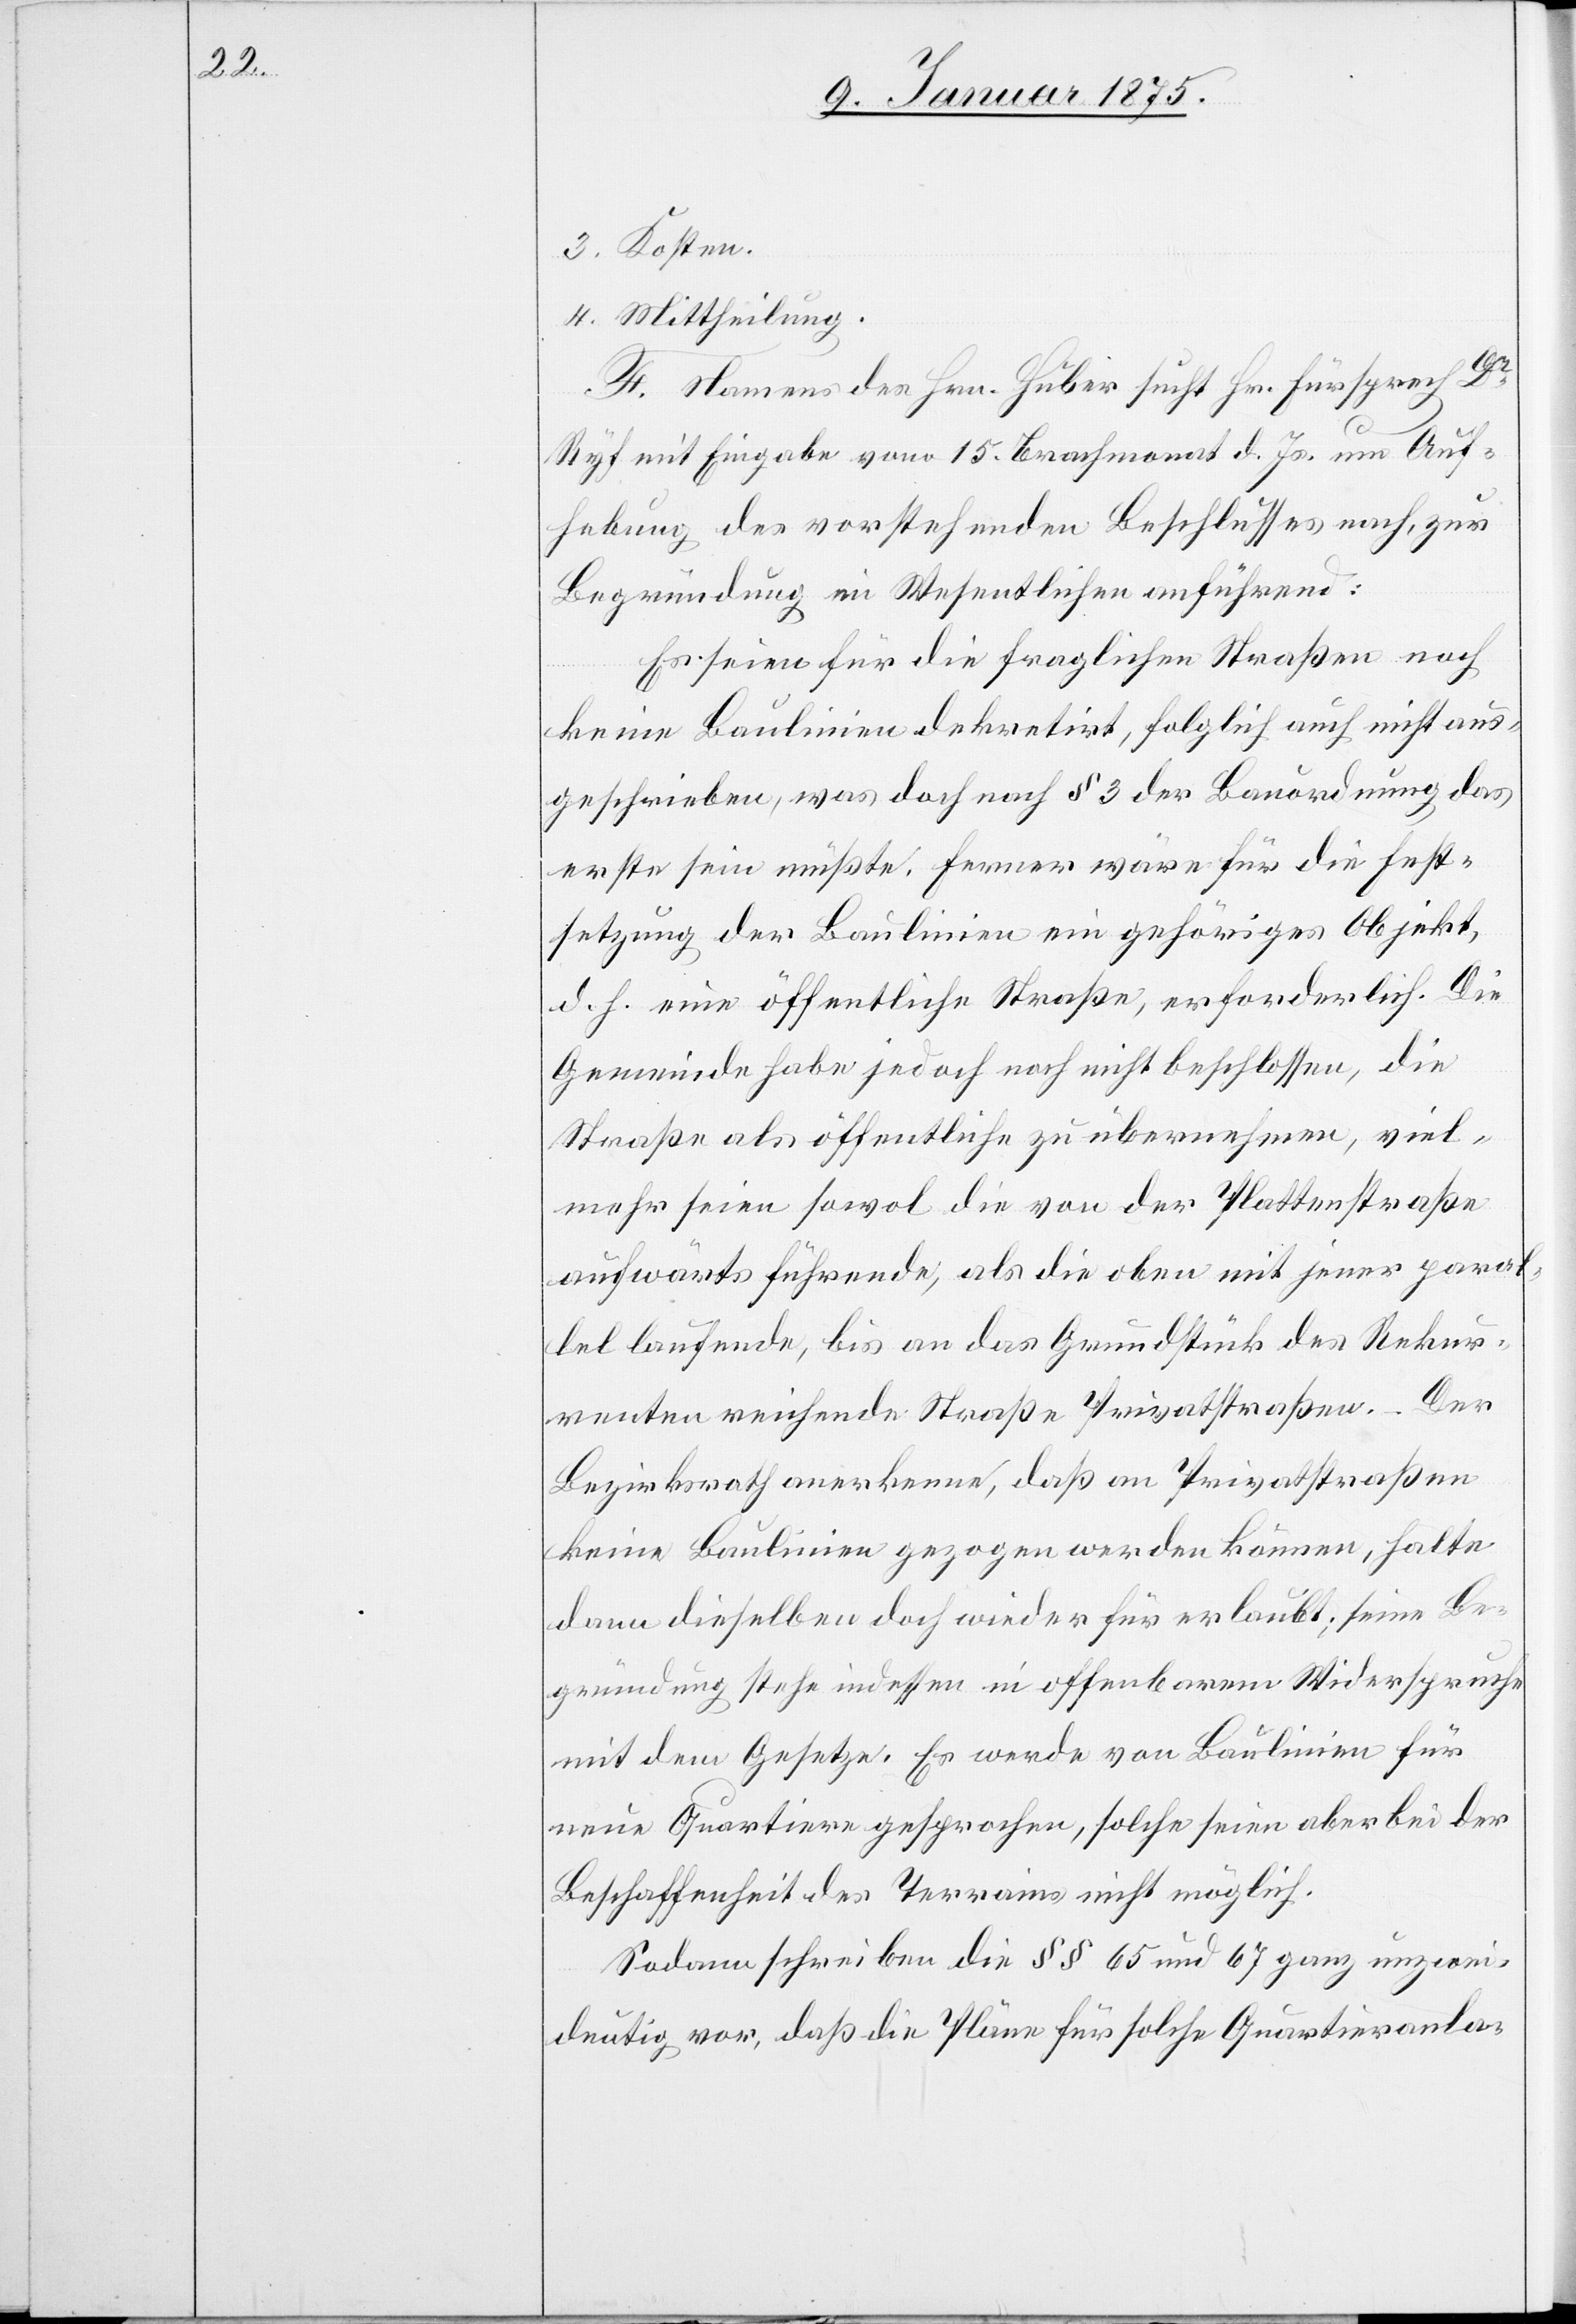
3. Kosten.
4. Mittheilung.
F. Namens des Hrn. Huber sucht Hr. Fürsprech Dr
Ryf mit Eingabe vom 15. Brachmonat d. Js. um Auf¬
hebung des vorstehenden Beschlusses nach, zur
Begründung im Wesentlichen anführend:
Es seien für die fraglichen Straßen noch
keine Baulinien dekretirt, folglich auch nicht aus¬
geschrieben, was doch nach § 3 der Bauordnung das
erste sein müßte, ferner wäre für die Fest¬
setzung der Baulinien ein gehöriges Objekt
d. h. eine öffentliche Straße, erforderlich. Die
Gemeinde habe jedoch noch nicht beschlossen, die
Straße als öffentliche zu übernehmen, viel¬
mehr seien sowol die von der Plattenstraße
aufwärts führende, als die oben mit jener paral¬
lel laufende, bis an das Grundstück des Rekur¬
renten reichende Straße Privatstraßen. – Der
Bezirksrath anerkenne, daß an Privatstraßen
keine Baulinie gezogen werden können, halte
dann dieselben doch wieder für erlaubt; seine Be¬
gründung stehe indessen in offenbarem Widerspruche
mit dem Gesetze. Es werde von Baulinien für
neue Quartiere gesprochen, solche seien aber bei der
Beschaffenheit des Terrains nicht möglich.
Sodann schreiben die §§ 65 und 67 ganz unzwei¬
deutig vor, daß die Pläne für solche Quartieranla-